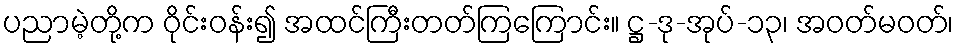
ပညာမဲ့တို့က ဝိုင်းဝန်း၍ အထင်ကြီးတတ်ကြကြောင်း။ ဋ္ဌ-ဒု-အုပ်-၁၃၊ အဝတ်မဝတ်၊